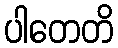
ပါတေတိ